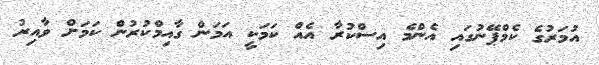
އުމަރުގެ ކެމްޕޭނުގައި އެންމެ އިސްކުރާ އެއް ކަމަކީ އަމަން ގާއިމްކުރުން ކަމަށް ވާއިރު